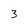
Character: 3